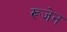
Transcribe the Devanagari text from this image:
रूजेन